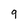
Character: 9